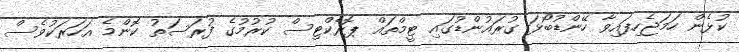
ކުޅެން ހަމަޖެހިފައިވާ ހޭންޑުބޯޅަ ގުރައުންޑުގައި ޓީމްތައް ޕޮރެކްޓިސް ކުރުމުގެ ފުރަސަތު ކޮންމެ އަހަރަކުވެސް